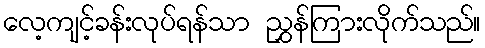
လေ့ကျင့်ခန်းလုပ်ရန်သာ ညွှန်ကြားလိုက်သည်။